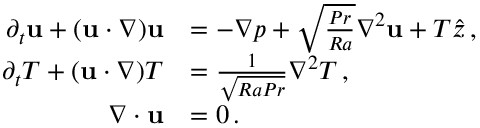
\begin{array} { r l } { \partial _ { t } { \bf u } + ( { \bf u } \cdot \nabla ) { \bf u } } & { = - \nabla p + \sqrt { \frac { P r } { R a } } \nabla ^ { 2 } { \bf u } + T \hat { z } \, , } \\ { \partial _ { t } T + ( { \bf u } \cdot \nabla ) T } & { = { \frac { 1 } { \sqrt { R a P r } } } \nabla ^ { 2 } T \, , } \\ { \nabla \cdot { \bf u } } & { = 0 \, . } \end{array}